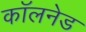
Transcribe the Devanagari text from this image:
कॉलनेड